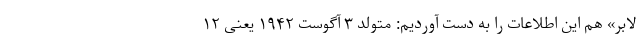
لابر» هم این اطلاعات را به دست آوردیم: متولد ۳ آگوست ۱۹۴۲ یعنی ۱۲